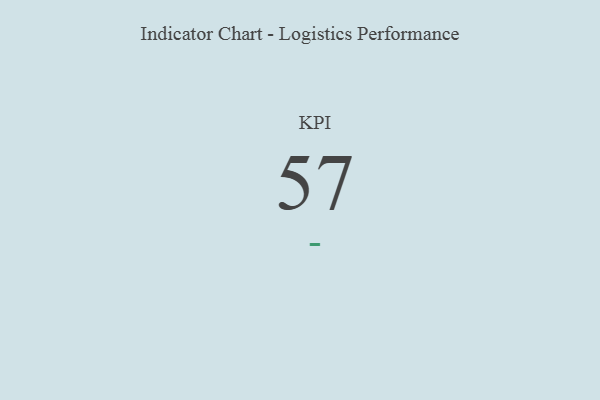
{"axis": {"x": "KPI", "y": "Value"}, "legend": [""], "data": [{"x": "KPI", "y": 57, "type": ""}]}